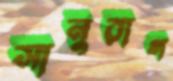
সানুরাগ